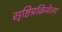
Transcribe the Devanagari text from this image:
सृष्टिप्रक्रियेला